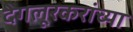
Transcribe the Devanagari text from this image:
देगलूरकरांच्या